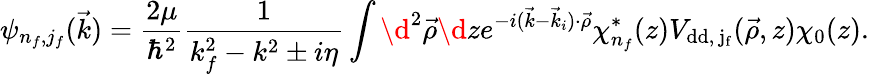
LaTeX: \psi_{n_{f},j_{f}}(\vec{k})=\frac{2\mu}{\hbar^{2}}\frac{1}{k_{f}^{2}-k^{2}\pm i\eta}\int\d^{2}\vec{\rho}\d ze^{-i(\vec{k}-\vec{k}_{i})\cdot\vec{\rho}}\chi_{n_{f}}^{*}(z)V_{\mathrm{{dd},\, j_{f}}}(\vec{\rho},z)\chi_{0}(z).